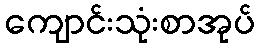
ကျောင်းသုံးစာအုပ်